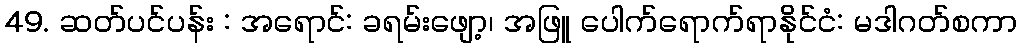
49. ဆတ်ပင်ပန်း : အရောင်: ခရမ်းဖျော့၊ အဖြူ ပေါက်ရောက်ရာနိုင်ငံ: မဒါဂတ်စကာ